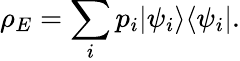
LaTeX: \rho_{E}=\sum_{i}p_{i}|\psi_{i}\rangle\langle\psi_{i}|.